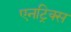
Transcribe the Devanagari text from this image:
एनट्रिक्स